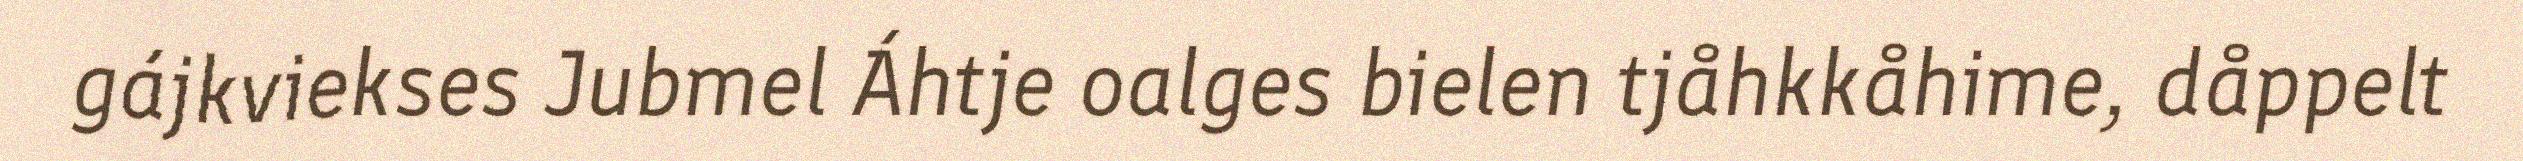
gájkviekses Jubmel Áhtje oalges bielen tjåhkkåhime, dåppelt